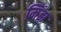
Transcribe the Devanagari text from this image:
मिंझ